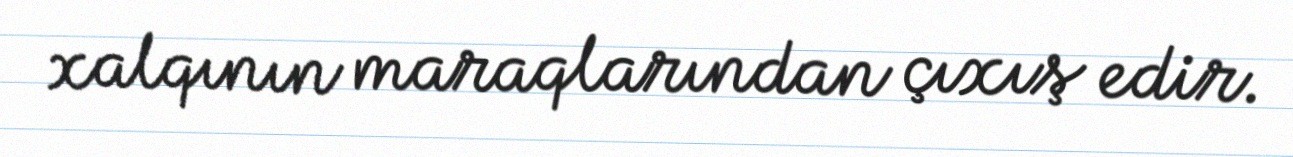
xalqının maraqlarından çıxış edir.